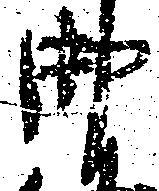
御